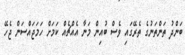
ބަންދު ތަންތަނުގެ ތެރޭގައި ވެސް ބުއިން މަނާ އެއްޗެއް ކަމަށް ހަމަޖައްސަން ޖެހޭ